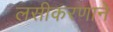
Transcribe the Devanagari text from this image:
लसीकरणाने